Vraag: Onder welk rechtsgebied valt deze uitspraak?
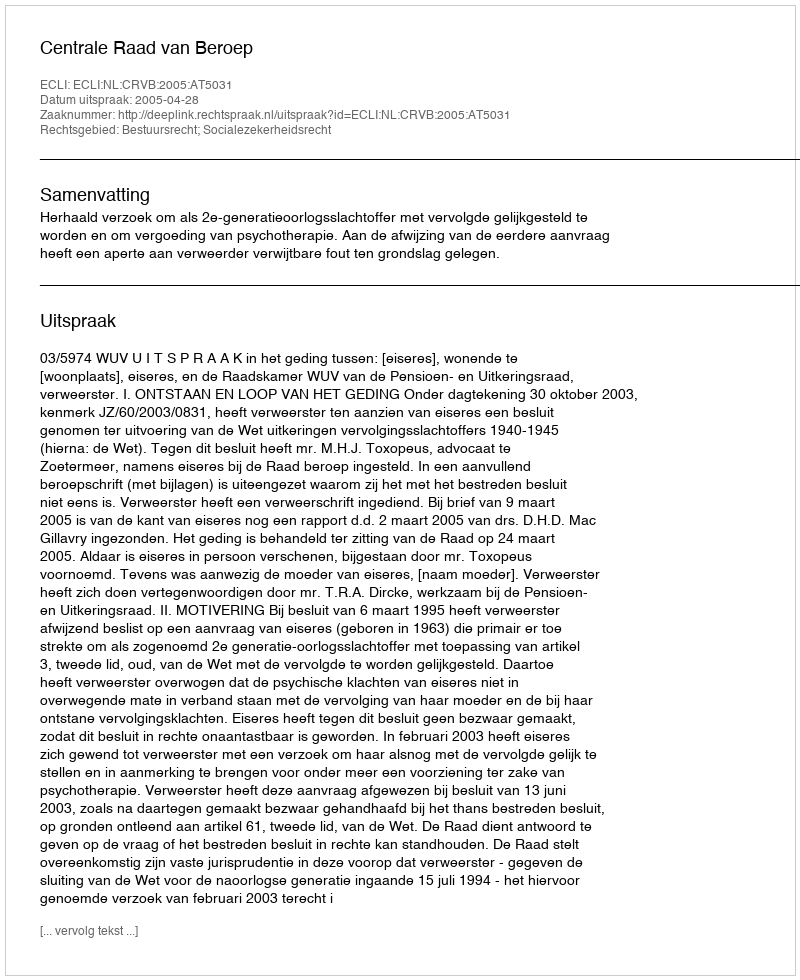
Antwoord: Bestuursrecht; Socialezekerheidsrecht